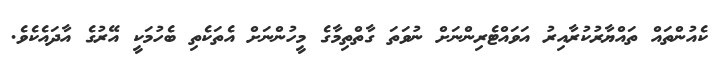
ކެއުންތައް ތައްޔާރުކުރާއިރު އަވައްޓެރިންނަށް ނުވަތަ ގާތްތިމާގެ މީހުންނަށް އެތަކެތި ބެހުމަކީ އޭރުގެ އާދައެކެވެ.